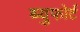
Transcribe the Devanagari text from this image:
ब्युफोर्ट